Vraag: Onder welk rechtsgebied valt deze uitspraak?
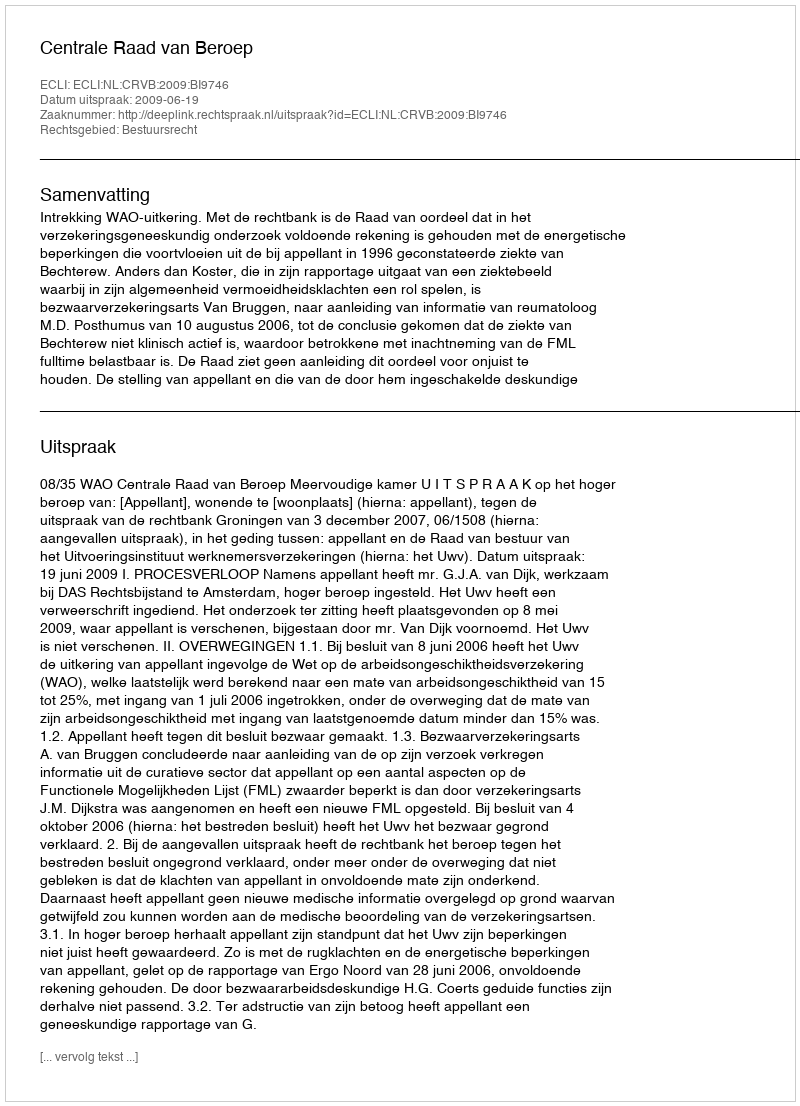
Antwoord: Bestuursrecht